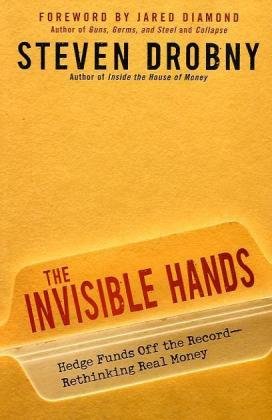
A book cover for The Invisible Hands: Top Hedge Fund Traders on Bubbles, Crashes, and Real Money; Steven Drobny; Business & Money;